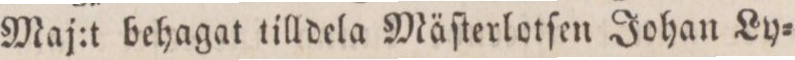
Maj:t behagat tilldela Mäſterlotſen Johan Ly=